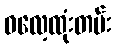
ဓလေ့ထုံးတမ်း